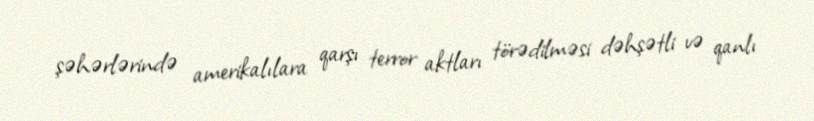
şəhərlərində amerikalılara qarşı terror aktları törədilməsi dəhşətli və qanlı